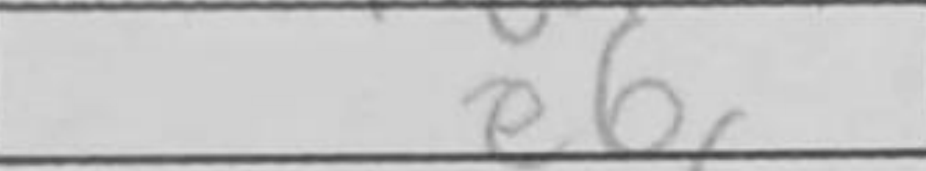
Transcription: e6